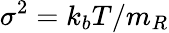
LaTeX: \sigma^{2}=k_{b}T/m_{R}